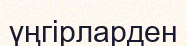
үңгірларден